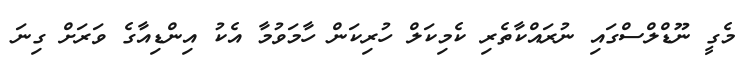
މެގީ ނޫޑްލްސްގައި ނުރައްކާތެރި ކެމިކަލް ހުރިކަން ހާމަވުމާ އެކު އިންޑިއާގެ ވަރަށް ގިނަ